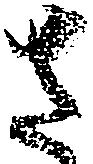
さ